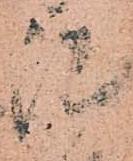
陣